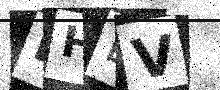
Text: DHLV